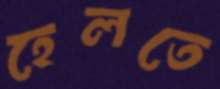
হেলতে